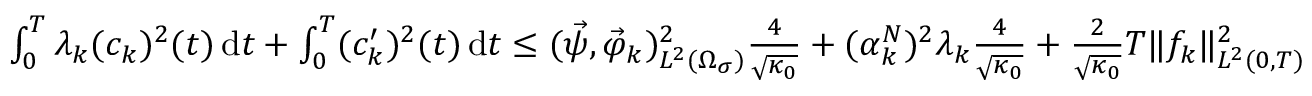
\begin{array} { r } { \int _ { 0 } ^ { T } \lambda _ { k } ( c _ { k } ) ^ { 2 } ( t ) \, \mathrm d t + \int _ { 0 } ^ { T } ( c _ { k } ^ { \prime } ) ^ { 2 } ( t ) \, \mathrm d t \leq ( \vec { \psi } , \vec { \varphi } _ { k } ) _ { L ^ { 2 } ( \Omega _ { \sigma } ) } ^ { 2 } \frac { 4 } { \sqrt { \kappa _ { 0 } } } + ( \alpha _ { k } ^ { N } ) ^ { 2 } \lambda _ { k } \frac { 4 } { \sqrt { \kappa _ { 0 } } } + \frac { 2 } { \sqrt { \kappa _ { 0 } } } T \| f _ { k } \| _ { L ^ { 2 } ( 0 , T ) } ^ { 2 } } \end{array}